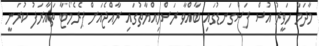
މާދަމާ ހަވީރު އުސް ފަސްގަނޑުގައި ބާއްވާ ރަސްމިއްޔާތުގައި ރާއްޖެއަށް ޕެރެމޯޓާ ތައާރަފު ކުރަނީ